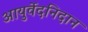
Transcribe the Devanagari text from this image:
आयुर्वेदनिदान